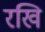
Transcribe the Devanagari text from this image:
रखि